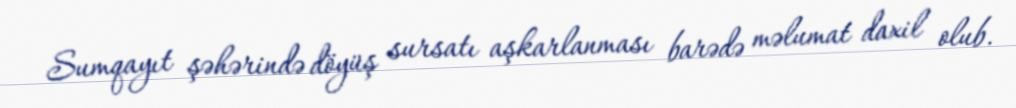
Sumqayıt şəhərində döyüş sursatı aşkarlanması barədə məlumat daxil olub.